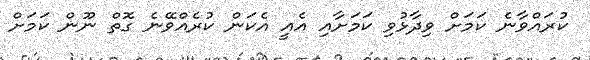
ކުރައްވާނެ ކަމަށް ވިދާޅުވި ކަމަށާއި އެއީ އެކަން ކުރެއްވޭނެ ގޮތް ނޫން ކަމަށް